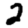
Digit: 2